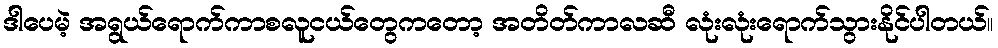
ဒါပေမဲ့ အရွယ်ရောက်ကာစလူငယ်တွေကတော့ အတိတ်ကာလဆီ လုံးလုံးရောက်သွားနိုင်ပါတယ်။